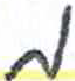
אות: מ